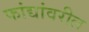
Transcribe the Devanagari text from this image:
फांद्यांवरील